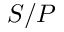
S / { P }